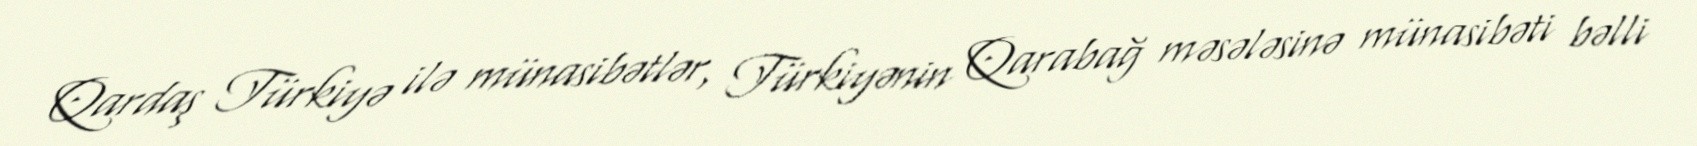
Qardaş Türkiyə ilə münasibətlər, Türkiyənin Qarabağ məsələsinə münasibəti bəlli